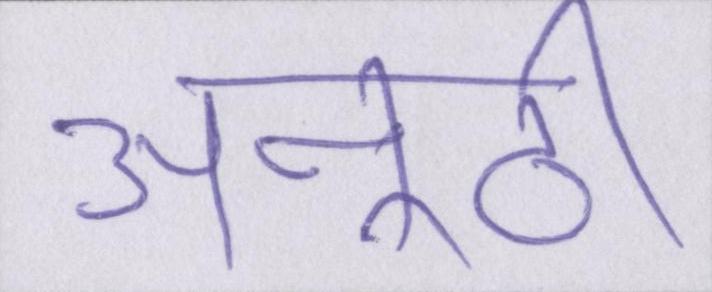
अनूठी